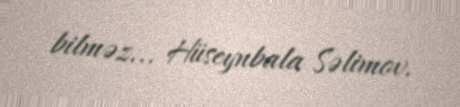
bilməz... Hüseynbala Səlimov.